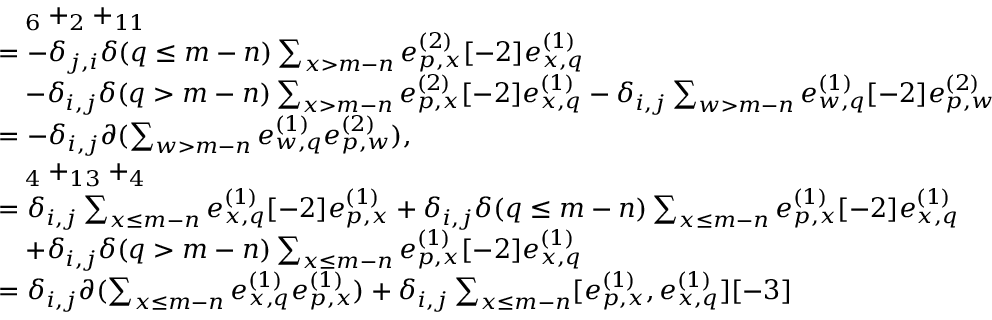
\begin{array} { r l } & { \quad _ { 6 } + _ { 2 } + _ { 1 1 } } \\ & { = - \delta _ { j , i } \delta ( q \leq m - n ) \sum _ { \substack { x > m - n } } e _ { p , x } ^ { ( 2 ) } [ - 2 ] e _ { x , q } ^ { ( 1 ) } } \\ & { \quad - \delta _ { i , j } \delta ( q > m - n ) \sum _ { x > m - n } e _ { p , x } ^ { ( 2 ) } [ - 2 ] e _ { x , q } ^ { ( 1 ) } - \delta _ { i , j } \sum _ { w > m - n } e _ { w , q } ^ { ( 1 ) } [ - 2 ] e _ { p , w } ^ { ( 2 ) } } \\ & { = - \delta _ { i , j } \partial ( \sum _ { w > m - n } e _ { w , q } ^ { ( 1 ) } e _ { p , w } ^ { ( 2 ) } ) , } \\ & { \quad _ { 4 } + _ { 1 3 } + _ { 4 } } \\ & { = \delta _ { i , j } \sum _ { x \leq m - n } e _ { x , q } ^ { ( 1 ) } [ - 2 ] e _ { p , x } ^ { ( 1 ) } + \delta _ { i , j } \delta ( q \leq m - n ) \sum _ { x \leq m - n } e _ { p , x } ^ { ( 1 ) } [ - 2 ] e _ { x , q } ^ { ( 1 ) } } \\ & { \quad + \delta _ { i , j } \delta ( q > m - n ) \sum _ { x \leq m - n } e _ { p , x } ^ { ( 1 ) } [ - 2 ] e _ { x , q } ^ { ( 1 ) } } \\ & { = \delta _ { i , j } \partial ( \sum _ { x \leq m - n } e _ { x , q } ^ { ( 1 ) } e _ { p , x } ^ { ( 1 ) } ) + \delta _ { i , j } \sum _ { x \leq m - n } [ e _ { p , x } ^ { ( 1 ) } , e _ { x , q } ^ { ( 1 ) } ] [ - 3 ] } \end{array}